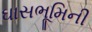
ઘાસભૂમિની